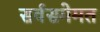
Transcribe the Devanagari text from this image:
सर्वसमेमत